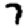
Digit: 7